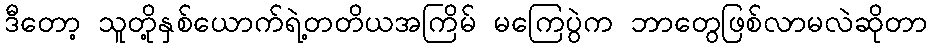
ဒီတော့ သူတို့နှစ်ယောက်ရဲ့တတိယအကြိမ် မကြေပွဲက ဘာတွေဖြစ်လာမလဲဆိုတာ